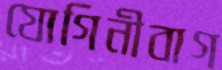
যোগিনীবাগ